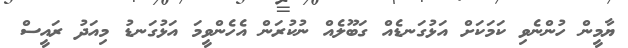
ޔާމީން ހުންނެވި ކަމަކަށް އަޅުގަނޑެއް ގަބޫލެއް ނުކުރަން އެހެންވީމަ އަޅުގަނޑު މިއަދު ރައީސް